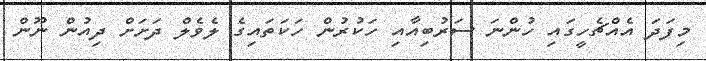
މިފަދަ އެއްޗެހީގައި ހުންނަ ސަރުބިއާއި ހަކުރުން ހަކަތައިގެ ލެވެލް ދަށަށް ދިއުން ނޫން